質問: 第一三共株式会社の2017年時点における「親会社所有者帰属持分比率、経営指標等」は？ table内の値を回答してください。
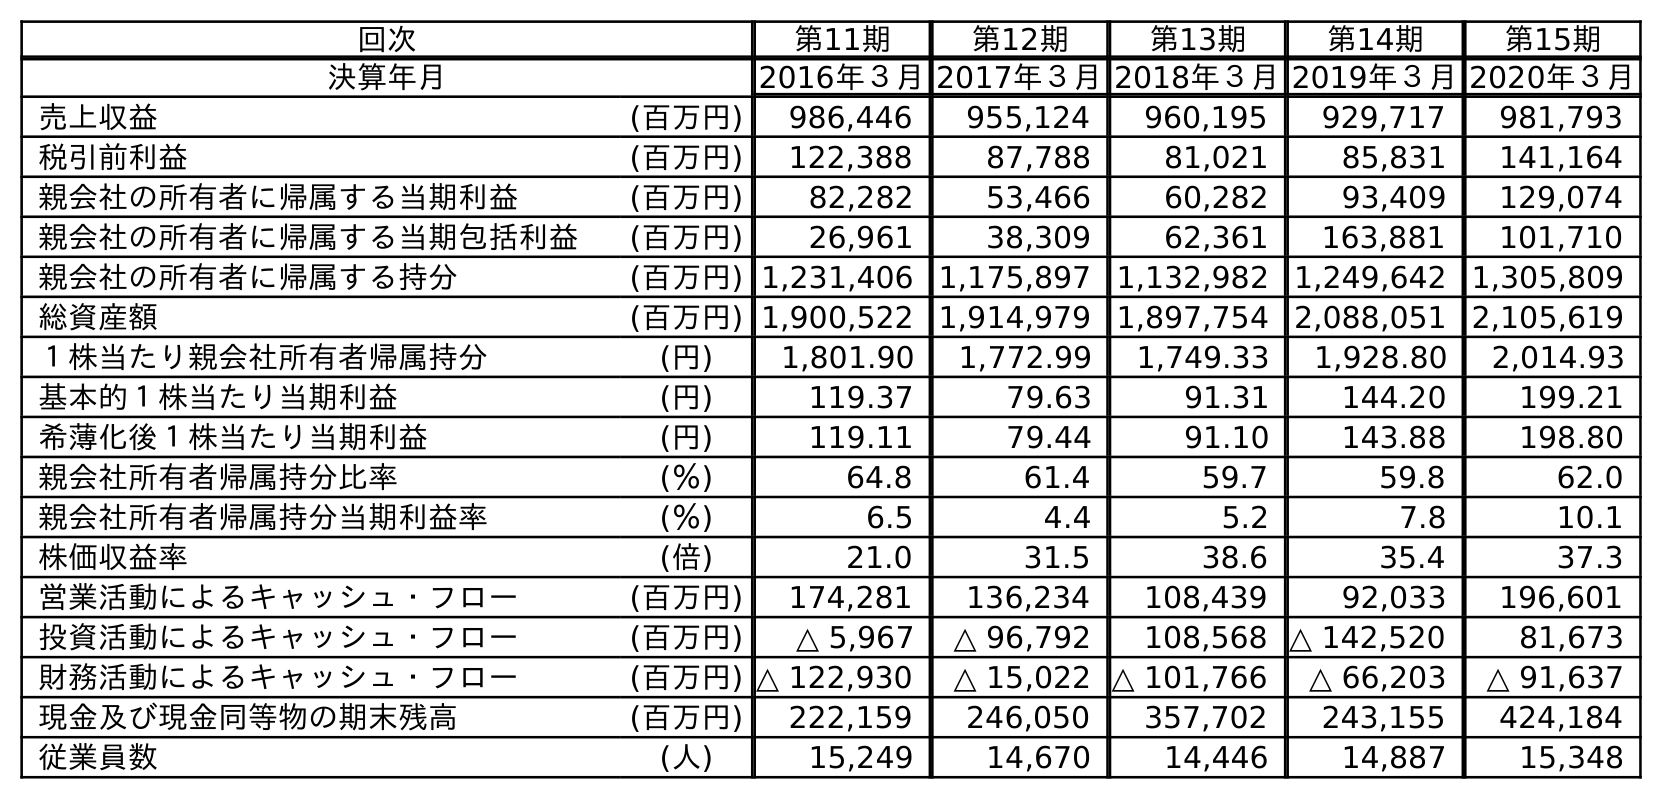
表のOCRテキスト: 回次 第11期 第12期 第13期 第14期 第15期 決算年月 2016年３月2017年３月2018年３月2019年３月2020年３月 売上収益 (百万円) 986,446 955,124 960,195 929,717 981,793 税引前利益 (百万円) 122,388 87,788 81,021 85,831 141,164 親会社の所有者に帰属する当期利益 (百万円) 82,282 53,466 60,282 93,409 129,074 親会社の所有者に帰属する当期包括利益 (百万円) 26,961 38,309 62,361 163,881 101,710 親会社の所有者に帰属する持分 (百万円) 1,231,406 1,175,897 1,132,982 1,249,642 1,305,809 総資産額 (百万円) 1,900,522 1,914,979 1,897,754 2,088,051 2,105,619 １株当たり親会社所有者帰属持分 (円) 1,801.90 1,772.99 1,749.33 1,928.80 2,014.93 基本的１株当たり当期利益 (円) 119.37 79.63 91.31 144.20 199.21 希薄化後１株当たり当期利益 (円) 119.11 79.44 91.10 143.88 198.80 親会社所有者帰属持分比率 (％) 64.8 61.4 59.7 59.8 62.0 親会社所有者帰属持分当期利益率 (％) 6.5 4.4 5.2 7.8 10.1 株価収益率 (倍) 21.0 31.5 38.6 35.4 37.3 営業活動によるキャッシュ・フロー (百万円) 174,281 136,234 108,439 92,033 196,601 投資活動によるキャッシュ・フロー (百万円) △ 5,967 △ 96,792 108,568 △ 142,520 81,673 財務活動によるキャッシュ・フロー (百万円) △ 122,930 △ 15,022 △ 101,766 △ 66,203 △ 91,637 現金及び現金同等物の期末残高 (百万円) 222,159 246,050 357,702 243,155 424,184 従業員数 (人) 15,249 14,670 14,446 14,887 15,348
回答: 61.4